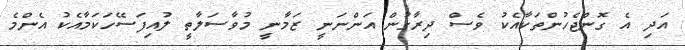
އަދި އެ ގޮންޖެހުންތަކާއެކު ވެސް ދިރާގުން އަންނަނީ ޒަމާނީ މުވާސަލާތީ ލުއިފަސޭހަކަމާއެކު އެންމެ